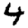
Digit: 4